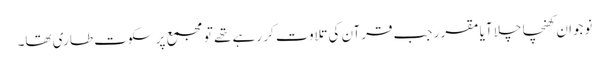
نوجوان کھنچا چلا آیا مقرر جب قرآن کی تلاوت کر رہے تھے تو مجمع پر سکوت طاری تھا۔